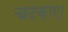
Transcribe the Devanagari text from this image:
चटकाए।